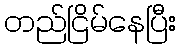
တည်ငြိမ်နေပြီး